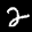
Label: 2